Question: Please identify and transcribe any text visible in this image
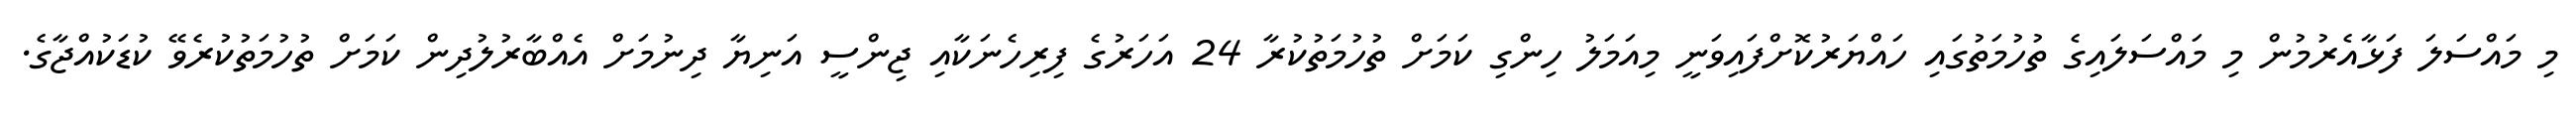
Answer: މި މައްސަލަ ފަޅާއެރުމުން މި މައްސަލައިގެ ތުހުމަތުގައި ހައްޔަރުކޮށްފައިވަނީ މިއަމަލު ހިންގި ކަމަށް ތުހުމަތުކުރާ 24 އަހަރުގެ ފިރިހެނަކާއި ޖިންސީ އަނިޔާ ދިނުމަށް އެއްބާރުލުދިން ކަމަށް ތުހުމަތުކުރެވޭ ކުޑަކުއްޖާގެ.